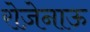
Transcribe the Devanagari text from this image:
रोज़ेनाऊ